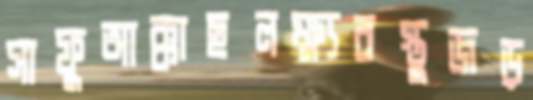
সাফুআক্কাছলক্ষ্যবস্তুজড়